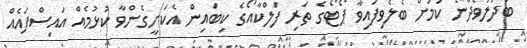
ބަދަލުވެދާނެ ކަމަށް ބެލެވިފައިވާ ޕޯޓޯގެ ތަރި ފަލްކާއޯގެ ކިބައިން އެކަށީގެންވާ ކުޅުމެއް އައިސްފައެއް